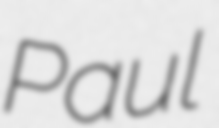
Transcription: Paul